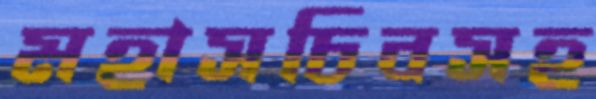
মহাসচিবসহ